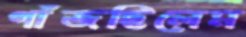
গাঁজছিলেম